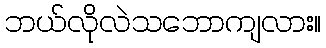
ဘယ်လိုလဲသဘောကျလား။